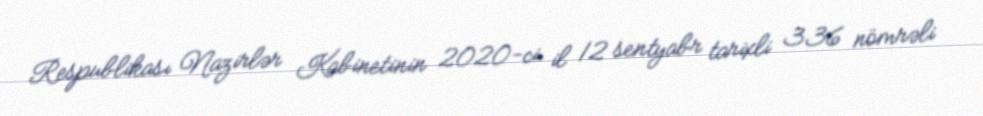
Respublikası Nazirlər Kabinetinin 2020-ci il 12 sentyabr tarixli 336 nömrəli